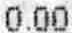
0.00